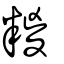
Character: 糉